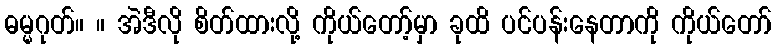
ဓမ္မဂုတ်။ ။ အဲဒီလို စိတ်ထားလို့ ကိုယ်တော့်မှာ ခုထိ ပင်ပန်းနေတာကို ကိုယ်တော်